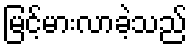
မြင့်မားလာခဲ့သည်